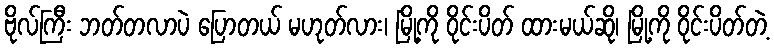
ဗိုလ်ကြီး ဘတ်တလာပဲ ပြောတယ် မဟုတ်လား၊ မြို့ကို ဝိုင်းပိတ် ထားမယ်ဆို၊ မြို့ကို ဝိုင်းပိတ်တဲ့